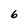
Character: 6